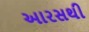
આરસથી